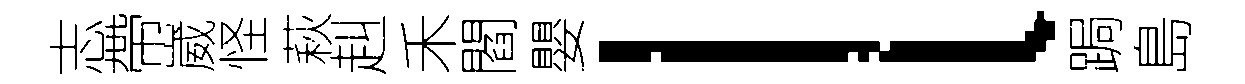
志帶崴怪萩赳禾閻嬰l跼島